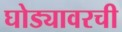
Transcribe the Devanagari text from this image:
घोड्यावरची